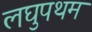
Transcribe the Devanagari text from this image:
लघुपथम